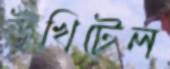
উখিটেল